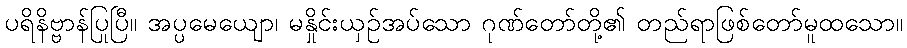
ပရိနိဗ္ဗာန်ပြုပြီ။ အပ္ပမေယျော၊ မနှိုင်းယှဉ်အပ်သော ဂုဏ်တော်တို့၏ တည်ရာဖြစ်တော်မူထသော။